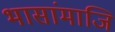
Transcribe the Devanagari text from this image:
भासांमाजि